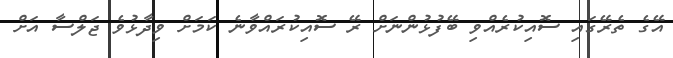
އޭގެ ތެރޭގައި ސޮއިކުރެއްވި ބޭފުޅުންނަށް ރޭ ސޮއިކުރައްވާނެ ކަމަށް ވިދާޅުވެ ޖަލްސާ އަށް